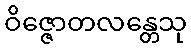
ဝိဇ္ဇောတလန္တေသု